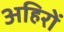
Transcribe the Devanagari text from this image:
अहिरों